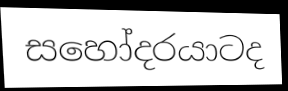
සහෝදරයාටද